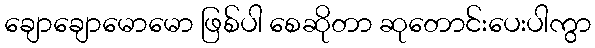
ချောချောမောမော ဖြစ်ပါ စေဆိုတာ ဆုတောင်းပေးပါကွာ